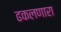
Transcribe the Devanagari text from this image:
ढकलणारा